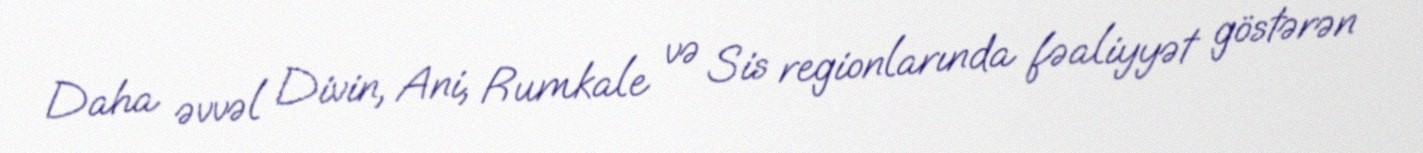
Daha əvvəl Divin, Ani, Rumkale və Sis regionlarında fəaliyyət göstərən